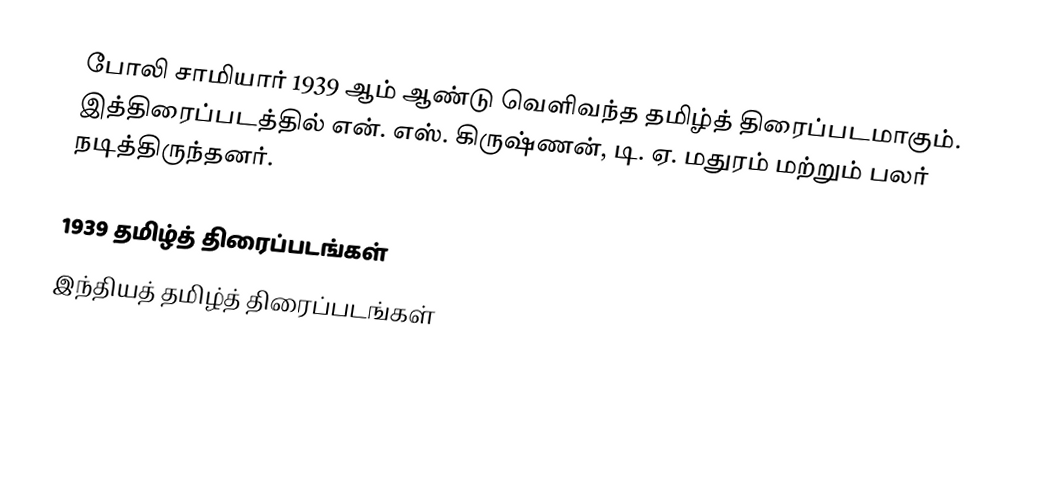
போலி சாமியார் 1939 ஆம் ஆண்டு வெளிவந்த தமிழ்த் திரைப்படமாகும். இத்திரைப்படத்தில் என். எஸ். கிருஷ்ணன், டி. ஏ. மதுரம் மற்றும் பலர் நடித்திருந்தனர்.

1939 தமிழ்த் திரைப்படங்கள்
இந்தியத் தமிழ்த் திரைப்படங்கள்